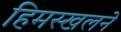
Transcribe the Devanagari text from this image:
हिमस्खलने